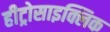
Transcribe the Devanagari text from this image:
हीट्रोसाइक्लिक